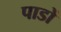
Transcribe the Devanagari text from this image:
पाडों